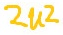
Text: 2u2